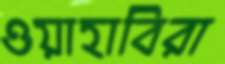
ওয়াহাবিরা